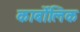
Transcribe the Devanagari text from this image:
कार्बोंलिक